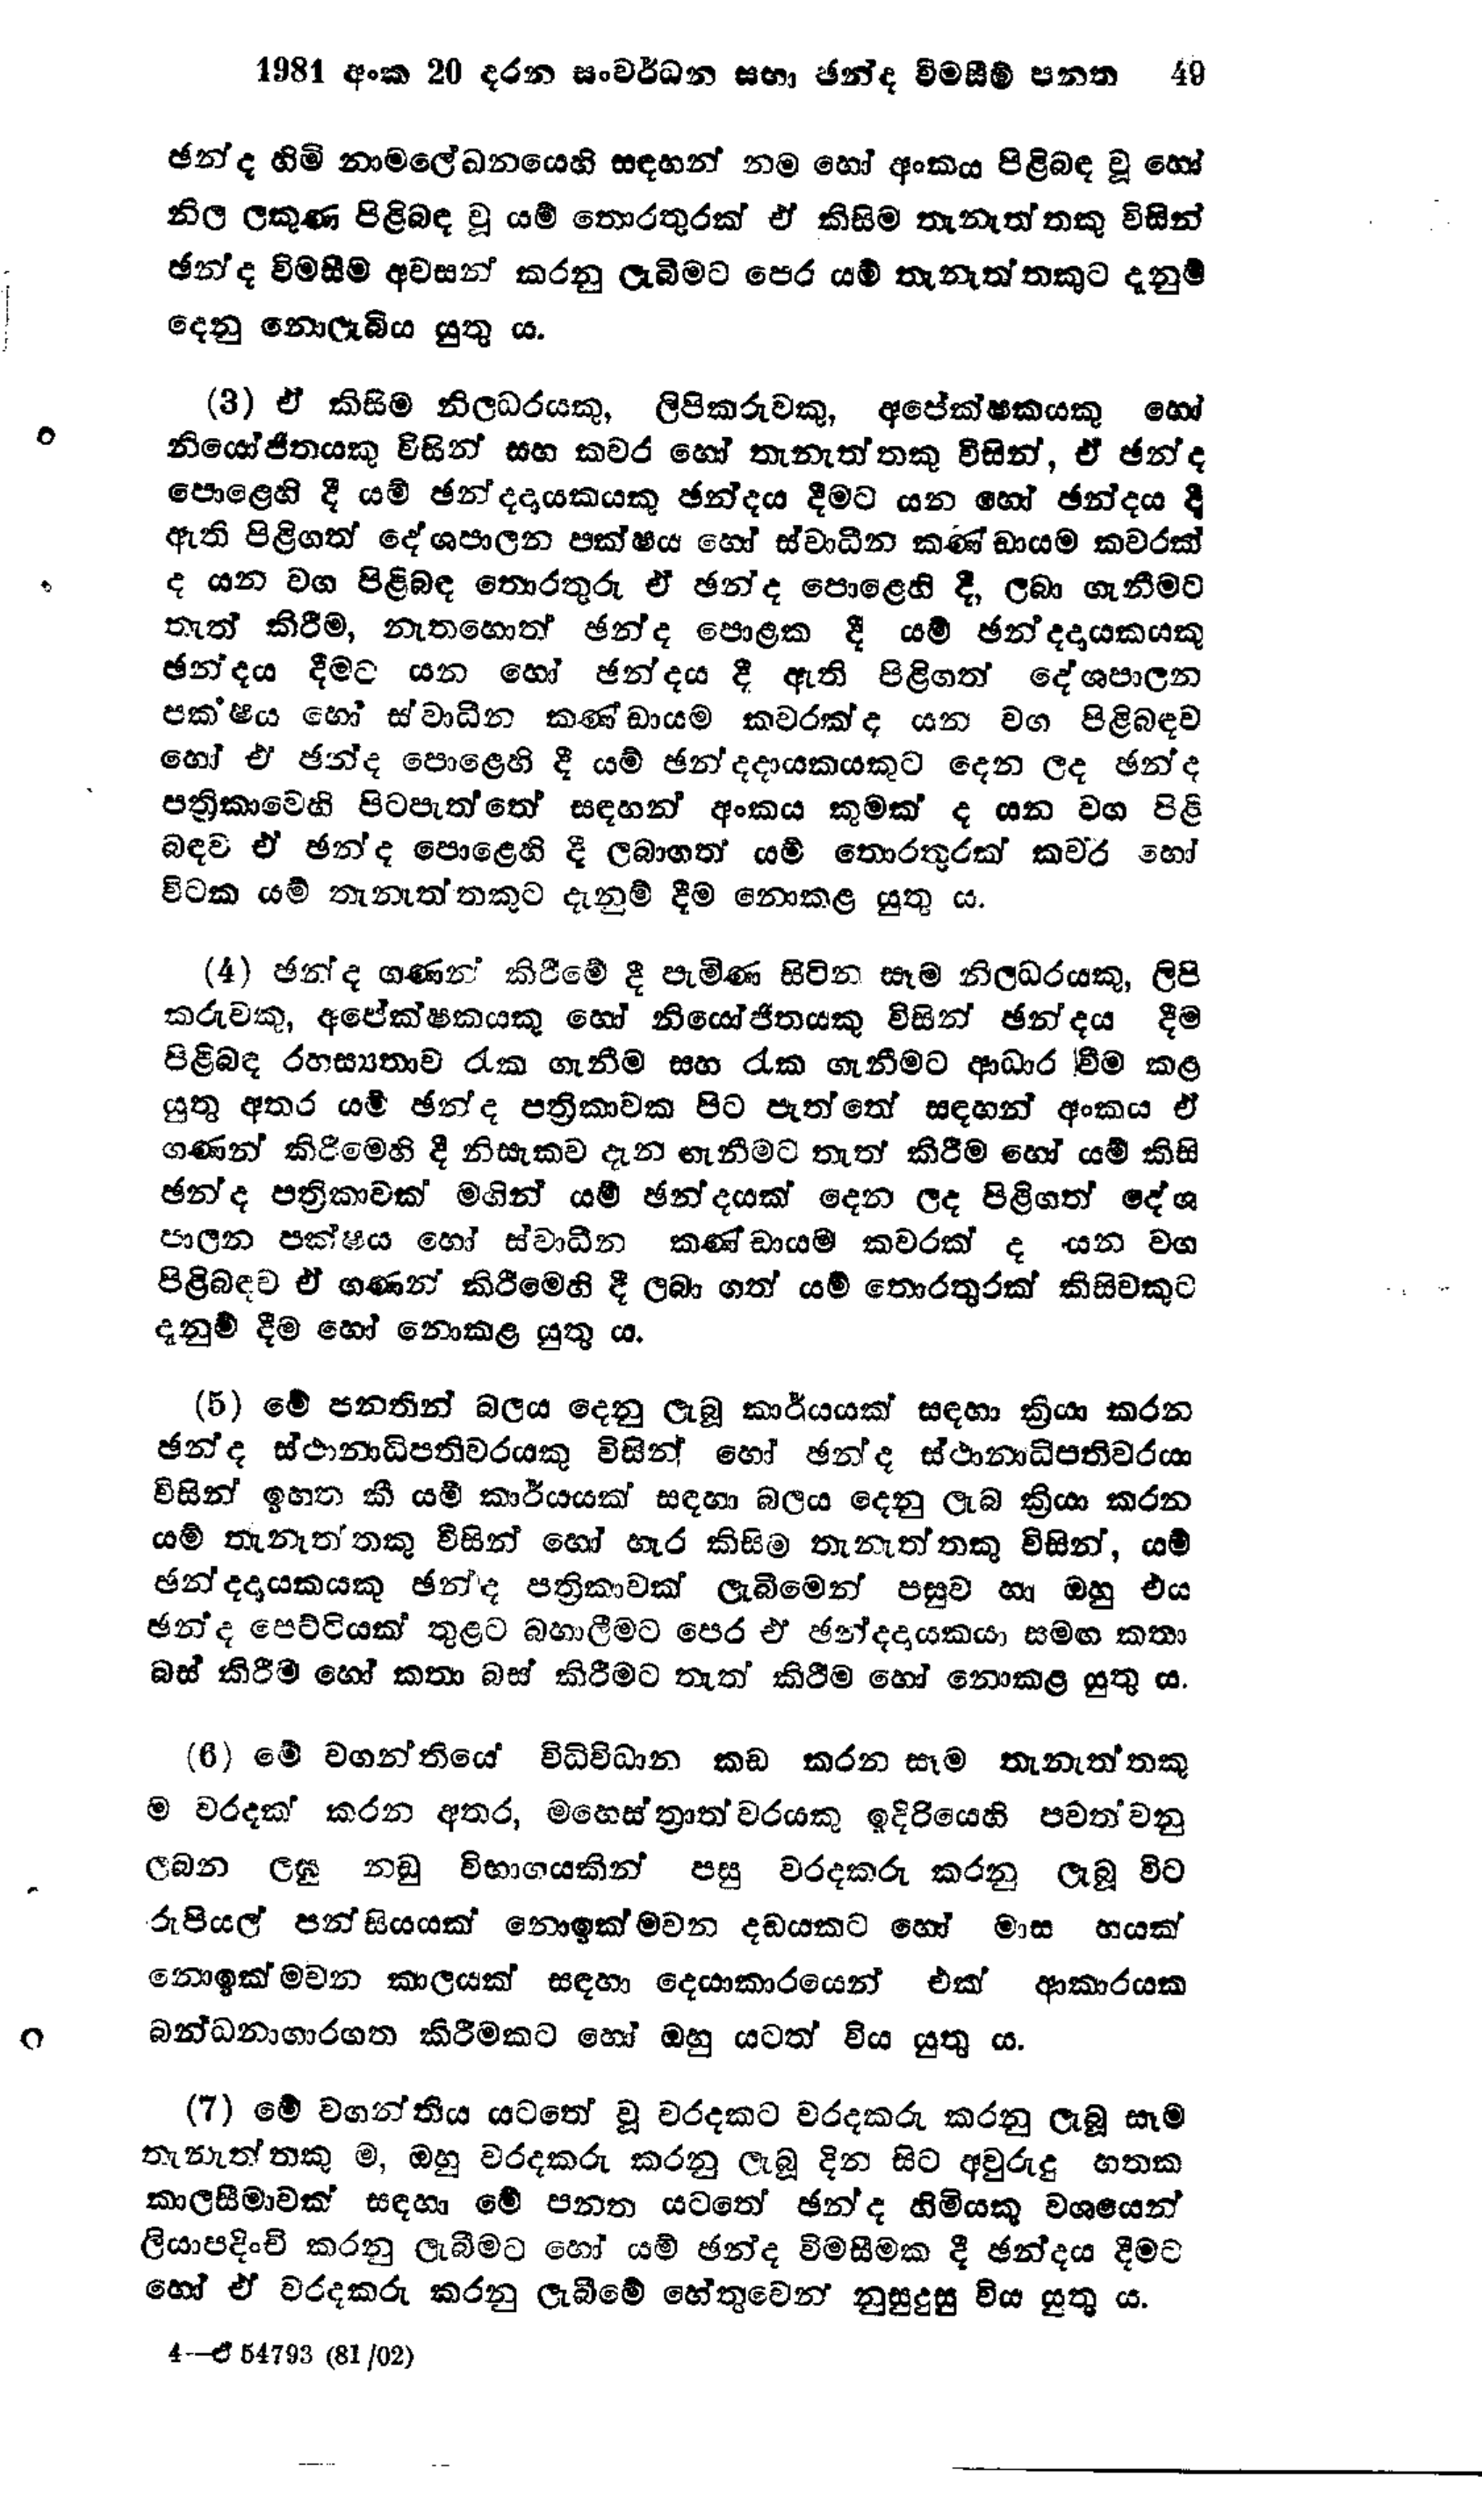
1981 අංක 20 දරන සංවර්ධන සභා ඡන්ද විමසීම් පනත 		49

ඡන්ද හිමි නාමලේඛනයෙහි සඳහන් නම හෝ අංකය පිළිබඳ වූ හෝ
නිල ලකුණ පිළිබඳ වූ යම් තොරතුරක් ඒ කිසිම තැනැත්තකු විසින්
ඡන්ද විමසීම අවසන් කරනු ලැබීමට පෙර යම් තැනැත්තකුට දැනුම්
දෙනු නොලැබිය යුතු ය.

(3) ඒ කිසිම නිලධරයකු, ලිපිකරුවකු, අපේක්ෂකයකු හෝ
නියෝජිතයෙකු විසින් සහ කවර හෝ තැනැත්තකු විසින්, ඒ ඡන්ද
පොළෙහි දී යම් ඡන්දදායකයකු ඡන්දය දීමට යන හෝ ඡන්දය දී
ඇති පිළිගත් දේශපාලන පක්ෂය හෝ ස්වාධීන කණ් ඩායම කවරක්
ද යන වග පිළිබඳ තොරතුරු ඒ ඡන්ද පොළෙහි දී, ලබා ගැනීමට
තැත් කිරීම, නැතහොත් ඡන්ද පොළක දී යම් ඡන්දදායකයකු
ඡන්දය දීමට යන හෝ ඡන්දය දී ඇති පිළිගත් දේශපාලන
පක‍්ෂය හෝ ස්වාධීන කණ්ඩායම කවරක් ද යන වග පිළිබඳව
හෝ ඒ ඡන්ද පොළෙහි දී යම් ඡන්දදායකයකුට දෙන ලද ඡන්ද
පත්‍රිකාවෙහි පිටපැත්තේ සඳහන් අංකය කුමක් ද යන වග පිළි
බඳව ඒ ඡන්ද පොළෙහි දී ලබාගත යම් තොරතුරක් කවර හෝ
විටක යම් තැනැත්තකුට දැනුම් දීම නොකළ යුතු ය.

(4) ඡන්ද ගණන් කිරීමේ දී පැමිණ සිටින සෑම නිලධරයකු, ලිපි
කරුවකු, අපේක්ෂකයකු හෝ නියෝජිතයකු විසින් ඡන්දය දීම
පිළිබඳ රහස්‍යතාව රැක ගැනීම සහ රැක ගැනීමට ආධාර වීම කළ
යුතු අතර යම් ඡන්ද පත්‍රිකාවක පිට පැතේ සඳහන් අංකය ඒ
ගණන් කිරීමෙහි දී නිසැකව දැන ගැනීමට තැත් කිරීම හෝ යම් කිසි
ඡන්ද පත්‍රිකාවක් මගින් යම් ඡන්දයක් දෙන ලද පිළිගත් දේශ
පාලන පක්ෂය හෝ ස්වාධීන කණ්ඩායම් කවරක්ද යන වග
පිළිබඳව ඒ ගණන් කිරීමෙහි දී ලබා ගත් යම් තොරතුරක් කිසිවකුට
දැනුම් දීම හෝ නොකළ යුතු ය.

(5) මේ පනතින් බලය දෙනු ලැබූ කාර්යයක් සඳහා ක්‍රියා කරන
ඡන්ද ස්ථානාධිපතිවරයකු විසින් හෝ ඡන්ද ස්ථානාධිපතිවරයා
විසින් ඉහත කී යම් කාර්යයක් සඳහා බලය දෙනු ලැබ ක්‍රියා කරන
යම් තැනැත්තකු විසින් හෝ හැර කිසිම තැනැත්තකු විසින්, යම්
ඡන්දදායකයකු ඡන්ද පත්‍රිකාවක් ලැබීමෙන් පසුව හා ඔහු එය
ඡන්ද පෙට්ටියක් තුළට බහාලීමට පෙර එ ඡන්දදායකයා සමඟ කතා
බස් කිරීම හෝ කතා බස් කිරීමට තැත් කිරීම හෝ නොකළ යුතුය.

(6) මේ වගන්තියේ විධිවිධාන කඩ කරන සෑම තැනැත්තකු
ම වරදක් කරන අතර, මහෙස්ත්‍රාත් වරයකු ඉදිරියෙහි පවත්වනු
ලබන ලඝු නඩු විභාගයකින් පසු වරදකරු කරනු ලැබූ විට
රුපියල් පන්සියයක් නොඉක්මවන දඩයකට හෝ මාස හයක්
නොඉක්මවන කාලයක් සඳහා දෙයාකාරයෙන් එක් ආකාරයක
බන්ධනාගාරගත කිරීමකට හෝ ඔහු යටත් විය යුතුය.

(7) මේ වගන්තිය යටතේ වු වරදකට වරදකරු කරනු ලැබූ සෑම
තැනැත්තකු ම, ඔහු වරදකරු කරනු ලැබූ දින සිට අවුරුදු හතක
කාලසීමාවක් සඳහා මේ පනත යටතේ ඡන්ද හිමියකු වශයෙන්
ලියාපදිංචි කරනු ලැබීමට හෝ යම් ඡන්ද විමසීමක දී ඡන්දය දීමට
හෝ ඒ වරදකරු කරනු ලැබීමේ හේතුවෙන් නුසුදුසු විය යුතු ය.

4 -ඒ54793 (81/02)